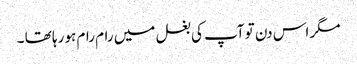
مگر اس دن تو آپ کی بغل میں رام رام ہو رہا تھا ۔